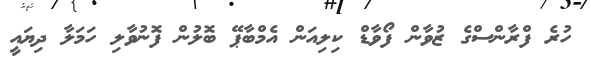
ހުރެ ފްރާންސްގެ ޒުވާން ފޯވާޑް ކިލިއަން އެމްބާޕޭ ބޮލުން ފޮނުވާލި ހަމަލާ ދިޔައީ